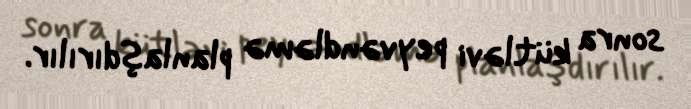
sonra kütləvi peyvəndləmə planlaşdırılır.